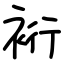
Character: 裄